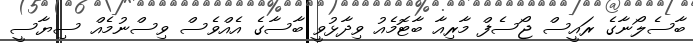
ބާސެލޯނާގެ ރައީސް ޖޯސެފް މާރިއާ ބާޓޮމެއު ވިދާޅުވީ ބާސާގެ އެއްވެސް ވިސްނުމެއް ސިޔާސީ